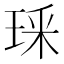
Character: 𭹏